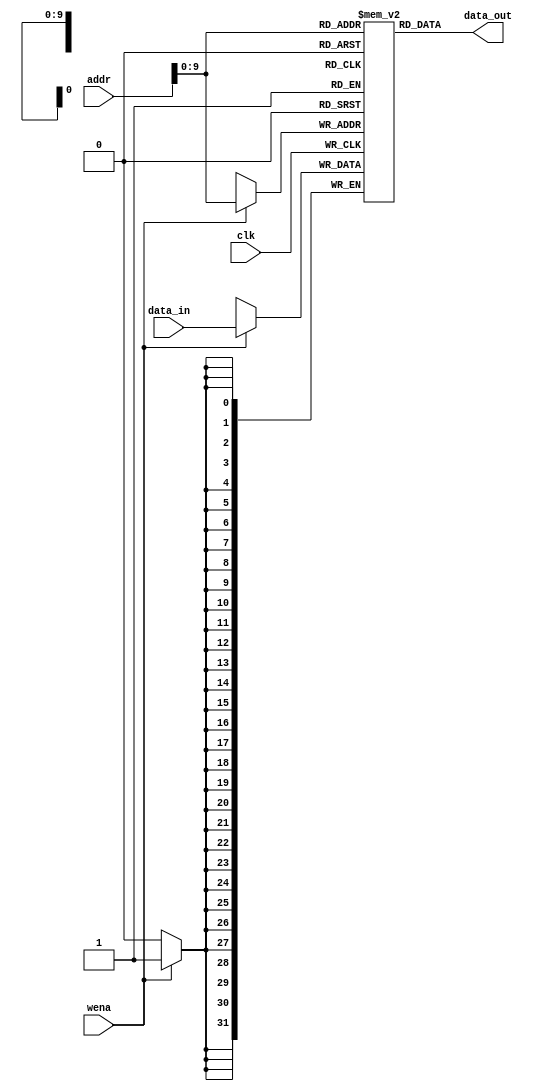
`timescale 1ns / 1ps
module ram(
    input clk,
    input wena,
    input [31:0] addr,
    input [31:0] data_in,
    output [31:0] data_out
    );
    reg [31:0] memory [0:1023];
    assign data_out = memory[addr];
    
    always @(posedge clk)
    begin
        if(wena)
            memory[addr] <= data_in;
    end
endmodule